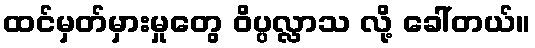
ထင်မှတ်မှားမှုတွေ ဝိပ္ပလ္လာသ လို့ ခေါ်တယ်။